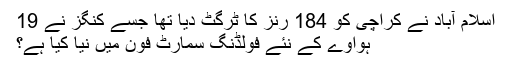
اسلام آباد نے کراچی کو 184 رنز کا ٹرگٹ دیا تھا جسے کنگز نے 19
ہواوے کے نئے فولڈنگ سمارٹ فون میں نیا کیا ہے؟